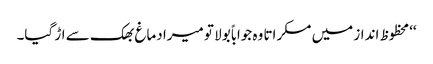
‘‘محظوظ انداز میں مسکراتا وہ جواباً بولا تو میرا دماغ بھک سے اڑ گیا۔